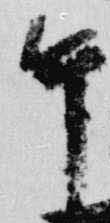
午